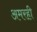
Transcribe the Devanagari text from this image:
अमरही